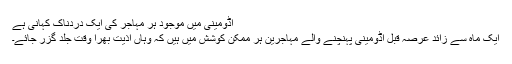
اڈومینی میں موجود ہر مہاجر کی ایک دردناک کہانی ہے
ایک ماہ سے زائد عرصہ قبل اڈومینی پہنچنے والے مہاجرین ہر ممکن کوشش میں ہیں کہ وہاں اذیت بھرا وقت جلد گزر جائے۔